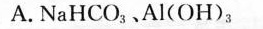
A.NaHCO_(3).Al(OH)_(3)